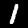
Digit: 1